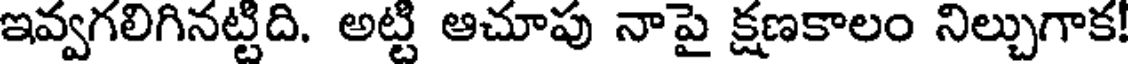
ఇవ్వగలిగినట్టిది. అట్టి ఆచూపు నాపై క్షణకాలం నిల్చుగాక!